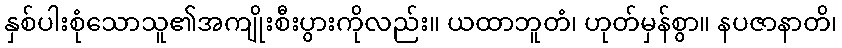
နှစ်ပါးစုံသောသူ၏အကျိုးစီးပွားကိုလည်း။ ယထာဘူတံ၊ ဟုတ်မှန်စွာ။ နပဇာနာတိ၊